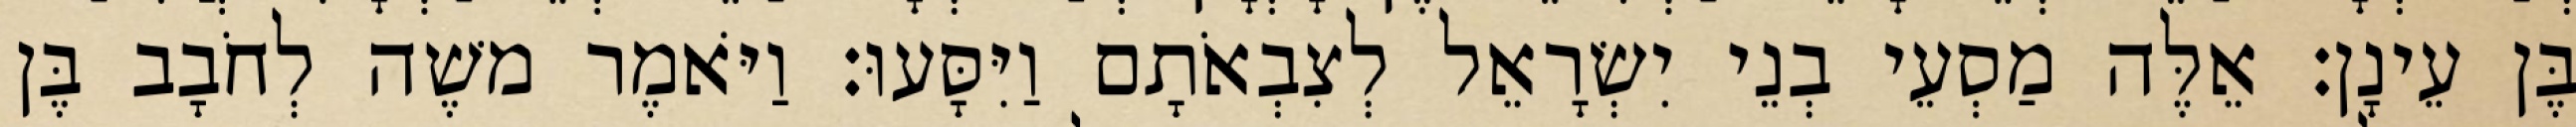
בֶּן עֵינָן׃ אֵלֶּה מַסְעֵי בְנֵי יִשְׂרָאֵל לְצִבְאֹתָם וַיִּסָּעוּ׃ וַיֹּאמֶר משֶׁה לְחֹבָב בֶּן